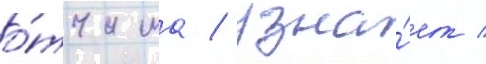
о́тчима / узна́ет /